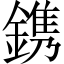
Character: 鎸